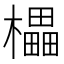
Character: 櫑